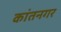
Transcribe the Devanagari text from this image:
कांतनगर